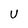
Character: u